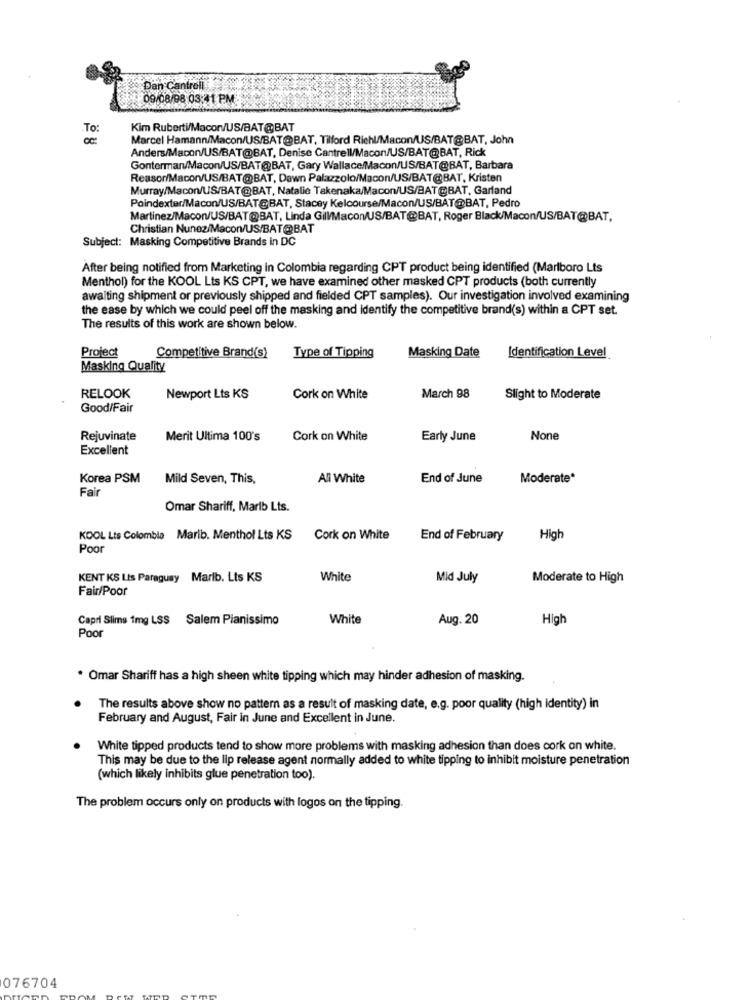
Pan Cantrell
09/08/98 03:41 PM
.To:
Kim Ruberti/Macor/US/BAT@BAT
Marcel Hamann/Macon/US/BAT@BAT, Tilford Riehl/Macon/US/BAT@BAT, John
Anders/Macon/US/BAT@BAT, Denise Cantrell/Macon/US/BAT@BAT, Rick
Gonterman/Macon/US/BAT@BAT, Gary Wallace/Macon/US/BAT@BAT, Barbara
Reasor/Macon/US/BAT@BAT, Dawn Palazzolo/Macon/US/BAT@BAT, Kristen
Murray/Macon/US/BAT@BAT, Natalie Takenaka/Macon/US/BAT@BAT, Garland
Poindexter/Macon/US/BAT@BAT, Stacey Kelcourse/Macon/US/BAT@BAT, Pedro
Martinez/Macon/US/BAT@BAT, Linda Gill/Macon/US/BAT@BAT, Roger Black/Macon/US/BAT@BAT,
Christian Nunez/Macon/US/BAT@BAT
Subject: Masking Competitive Brands in DC
After being notified from Marketing in Colombia regarding CPT product being identified (Marlboro Lts
Menthol) for the KOOL Lts KS CPT, we have examined other masked CPT products (both currently
awaiting shipment or previously shipped and fielded CPT samples). Our investigation involved examining
the ease by which we could peel off the masking and identify the competitive brand(s) within a CPT set.
The results of this work are shown below.
Identification Level
Project
Competitive Brand(s)
Type of Tipping
Masking Date
Masking Quality
RELOOK
Newport Lts KS
Cork on White
March 98
Slight to Moderate
Good/Fair
Rejuvinate
Merit Ultima 100's
Cork on White
Early June
Excellent
Korea PSM
Mild Seven, This,
All White
End of June
Moderate*
Fair
Omar Shariff, Marib Lts.
KOOL Lis Colombia Marib. Menthol Lts KS
Cork on White
End of February
High
Poor
KENT KS Lis Paraguay Marib. Lts KS
White
Mid July
Moderate to High
Fair/Poor
Capri Slims 1mg LSS Salem Pianissimo
White
Aug. 20
High
Poor
. Omar Shariff has a high sheen white tipping which may hinder adhesion of masking.
The results above show no pattern as a result of masking date, e.g. poor quality (high identity) in
February and August, Fair in June and Excellent in June.
White tipped products tend to show more problems with masking adhesion than does cork on white.
This may be due to the lip release agent normally added to white tipping to inhibit moisture penetration
(which likely inhibits glue penetration too).
The problem occurs only on products with logos on the tipping.
076704